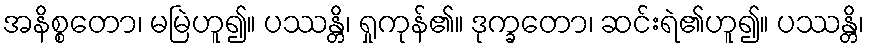
အနိစ္စတော၊ မမြဲဟူ၍။ ပဿန္တိ၊ ရှုကုန်၏။ ဒုက္ခတော၊ ဆင်းရဲ၏ဟူ၍။ ပဿန္တိ၊